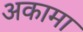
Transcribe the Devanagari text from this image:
अकामा